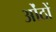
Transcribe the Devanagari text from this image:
ओंठों